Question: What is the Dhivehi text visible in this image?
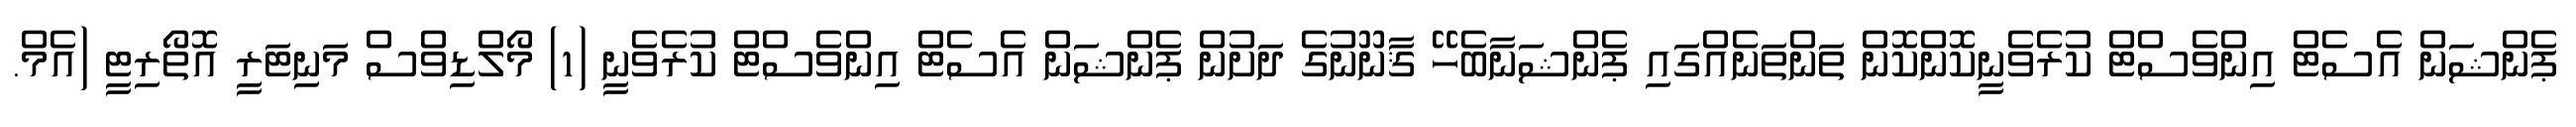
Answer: ޕެންޝަން އެސެޓް އިންވެސްޓް ކުރެވެނީކޮންކޮން ތަންތަނެއްގައި ޕެންޝަނާބެހޭ ޤާނޫނުގެ ދަށުން ޕެންޝަން އެސެޓް އިންވެސްޓް ކުރެވެނީ (1) މޯލްޑިވްސް މަނިޓަރީ އޮތޯރިޓީ (އެމް.